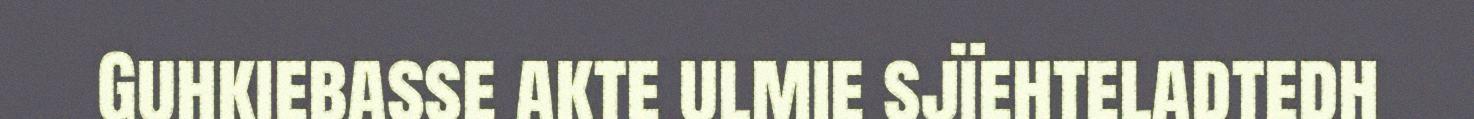
Guhkiebasse akte ulmie sjïehteladtedh